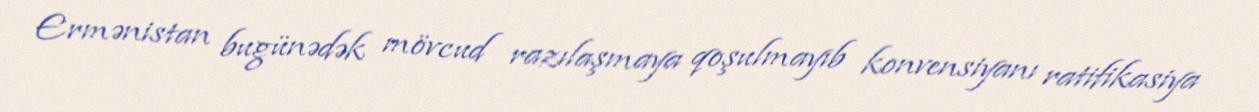
Ermənistan bugünədək mövcud razılaşmaya qoşulmayıb konvensiyanı ratifikasiya